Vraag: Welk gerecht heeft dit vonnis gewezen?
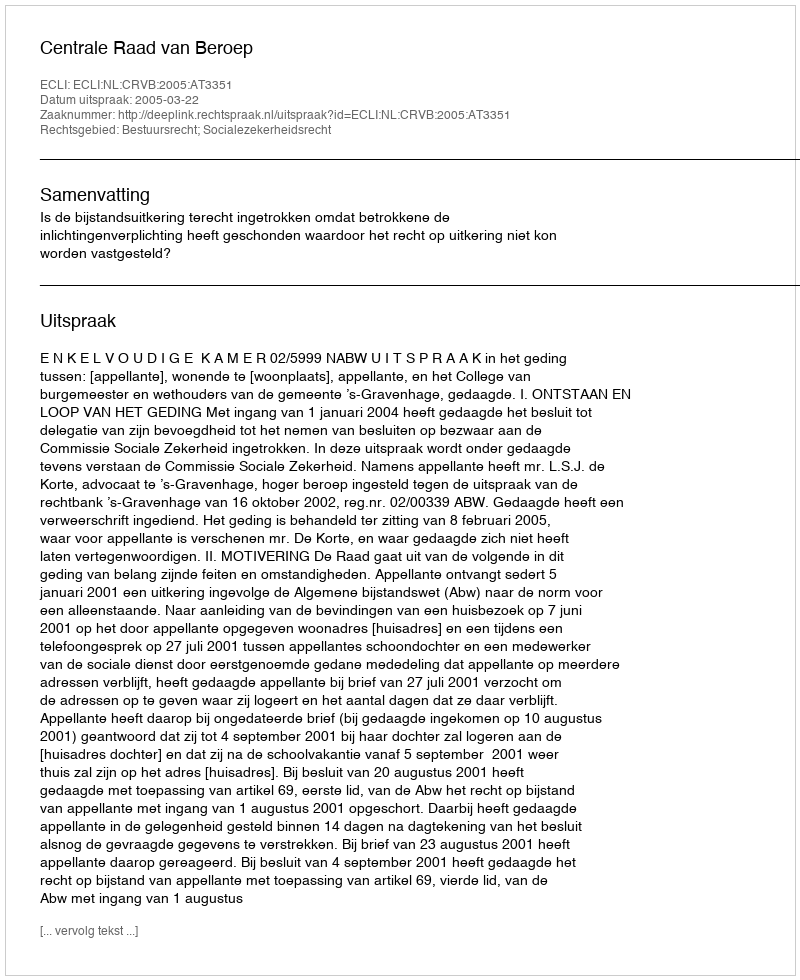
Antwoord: Centrale Raad van Beroep